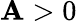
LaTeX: \mathbf{A}>0